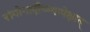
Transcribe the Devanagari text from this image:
संयोगादौष्ण्यापेक्षात्